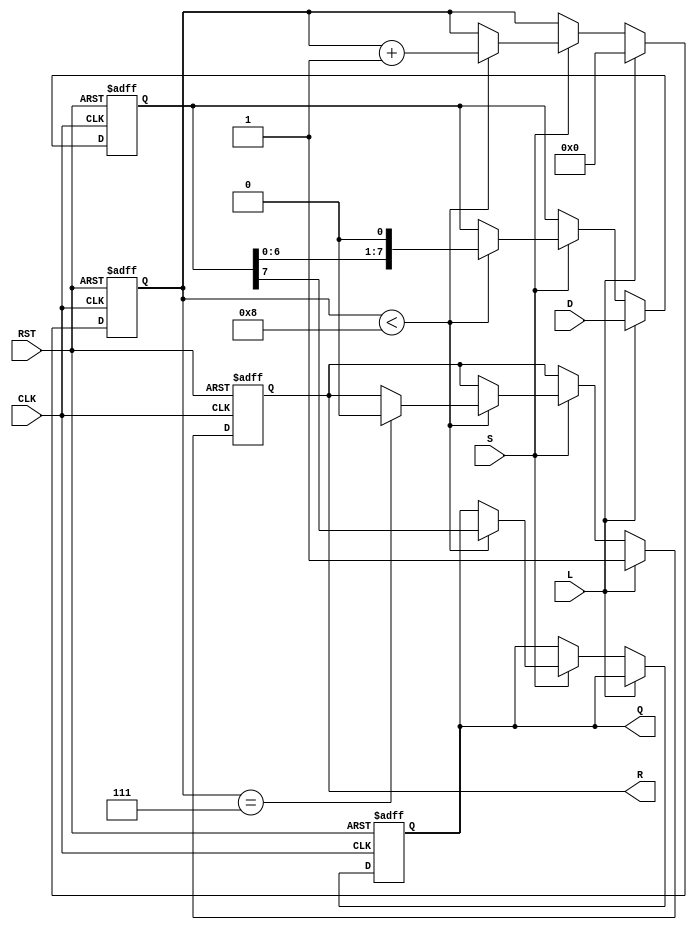
module PISO_Register (
    input wire [7:0] D,       // 8-bit parallel data input
    input wire L,             // Load control signal
    input wire S,             // Shift control signal
    input wire CLK,           // Clock signal
    input wire RST,           // Asynchronous reset signal
    output reg Q,             // Serial output
    output reg R              // Ready signal
);

    reg [7:0] SR;             // Shift register
    reg [3:0] CNT;            // Counter for shifted bits

    always @(posedge CLK or posedge RST) begin
        if (RST) begin
            SR <= 8'b0;       // Clear shift register
            CNT <= 4'b0;      // Reset count
            Q <= 1'b0;        // Clear output
            R <= 1'b0;        // Not ready
        end else if (L) begin
            SR <= D;          // Load data into shift register
            CNT <= 4'b0;      // Reset count
            R <= 1'b1;        // Indicate ready
        end else if (S) begin
            if (CNT < 4'd8) begin
                Q <= SR[7];   // Output MSB of shift register
                SR <= {SR[6:0], 1'b0}; // Shift right
                CNT <= CNT + 1; // Increment count
                if (CNT == 4'd7) begin
                    R <= 1'b0; // Not ready after last bit
                end
            end
        end
    end

endmodule